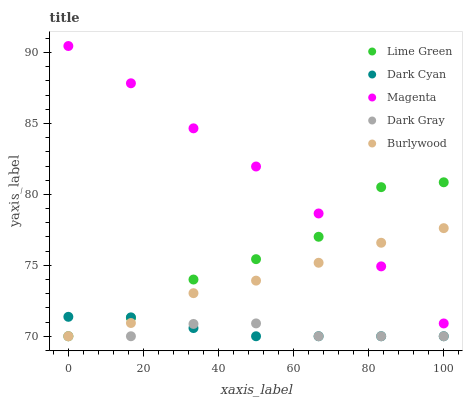
| xaxis_label | Lime Green | Dark Cyan | Magenta | Dark Gray | Burlywood |
 | --- | --- | --- | --- | --- | --- |
 | 0 | 70 | 71.4 | 90.5 | 70 | 70 |
 | 16.7 | 71.3 | 71.3 | 87.8 | 70 | 70.9 |
 | 33.3 | 74 | 70.6 | 84.7 | 70.9 | 73 |
 | 50 | 75.4 | 70 | 82 | 70.9 | 73.9 |
 | 66.7 | 77 | 70 | 78.7 | 70 | 75.2 |
 | 83.3 | 80.5 | 70 | 74.9 | 70 | 76.6 |
 | 100 | 80.9 | 70 | 70.9 | 70 | 77.6 |